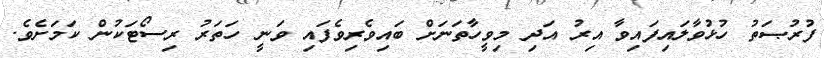
ފުރުޞަތު ހުޅުވާލައިފައިވާ އިރު އަދި މިވީހާތަނަށް ބައިވެރިވެފައި ވަނީ ހަތަރު ރިސޯޓަކުން ކަމަށެވެ.